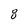
Character: 8